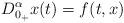
LaTeX: \begin{align*}D_{0_{+}}^{\alpha }x(t)=f(t,x) \end{align*}